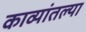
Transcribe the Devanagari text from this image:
काव्यांतल्या